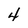
Character: 4